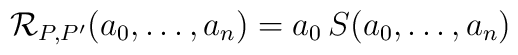
{\mathcal R}_{P,P'}(a_0,\ldots ,a_n) = a_0\, S(a_0, \dots , a_n)